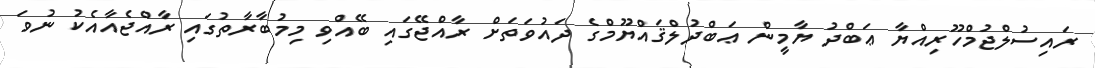
ރައިސުލްޖުމްހޫރިއްޔާ ޢަބްދު ޔާމީން ޢަބްދުލްޤައްޔޫމްގެ ދައުވަތަށް ރާއްޖޭގައި ބޭއްވި މިމުބާރާތުގައި ރާއްޖެއާއެކު ނުވަ